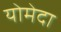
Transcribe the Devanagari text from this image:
योमेदा